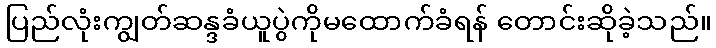
ပြည်လုံးကျွတ်ဆန္ဒခံယူပွဲကိုမထောက်ခံရန် တောင်းဆိုခဲ့သည်။